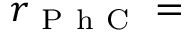
r _ { \mathrm { ~ P ~ h ~ C ~ } } =